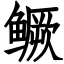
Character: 鳜